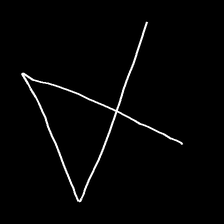
Glyph: collection